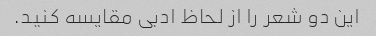
این دو شعر را از لحاظ ادبی مقایسه کنید.